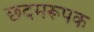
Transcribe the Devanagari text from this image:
छदमरूपक